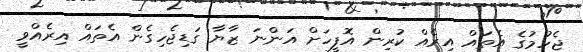
ޖެހުމުގެ އެތައް އިރެއް ކުރިން އޮފީހަށް އަންނަ ޒާޔާ ގަޑިޖެހިގެން އެތައް އިރެއްވީ